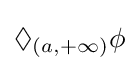
\Diamond _{(a,+\infty )}\phi